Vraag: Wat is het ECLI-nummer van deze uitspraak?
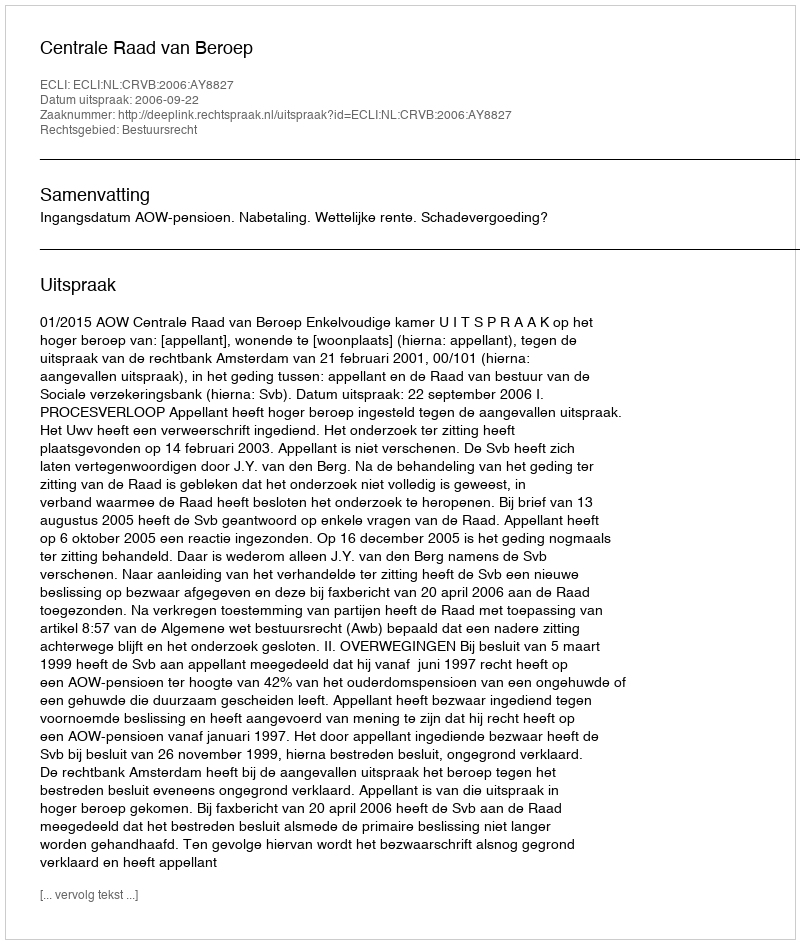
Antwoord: ECLI:NL:CRVB:2006:AY8827